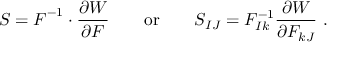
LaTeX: { \boldsymbol { S } } = { \boldsymbol { F } } ^ { - 1 } \cdot { \frac { \partial W } { \partial { \boldsymbol { F } } } } \qquad { \mathrm { o r } } \qquad S _ { I J } = F _ { I k } ^ { - 1 } { \frac { \partial W } { \partial F _ { k J } } } ~ .